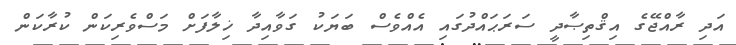
އަދި ރާއްޖޭގެ އިޤްތިޞާދީ ސަރަޙައްދުގައި އެއްވެސް ބަޔަކު ގަވާއިދާ ޚިލާފަށް މަސްވެރިކަން ކުރާކަން